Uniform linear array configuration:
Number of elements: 8
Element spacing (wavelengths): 1
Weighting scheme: cosine
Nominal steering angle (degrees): -30
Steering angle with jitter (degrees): -30.206
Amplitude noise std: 0.05
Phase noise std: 0.05

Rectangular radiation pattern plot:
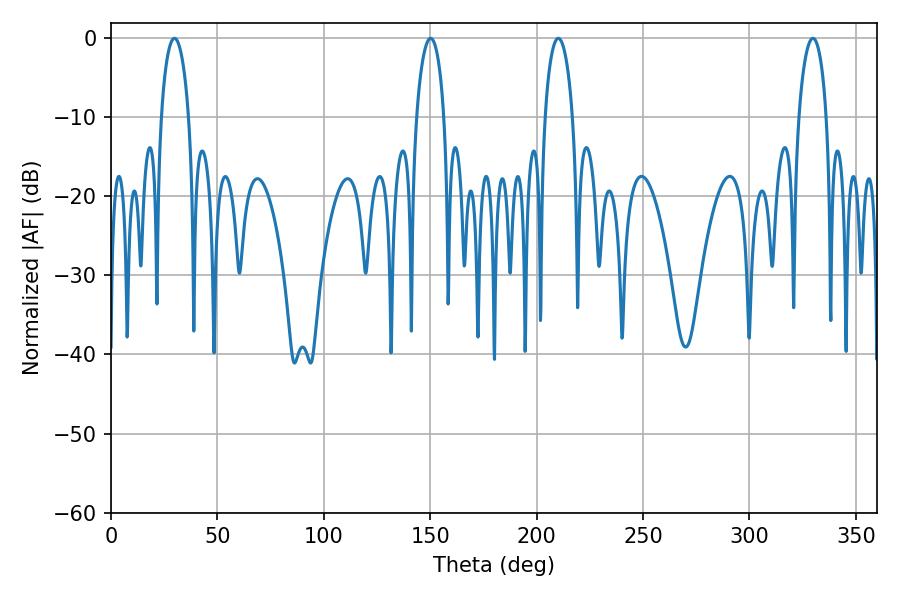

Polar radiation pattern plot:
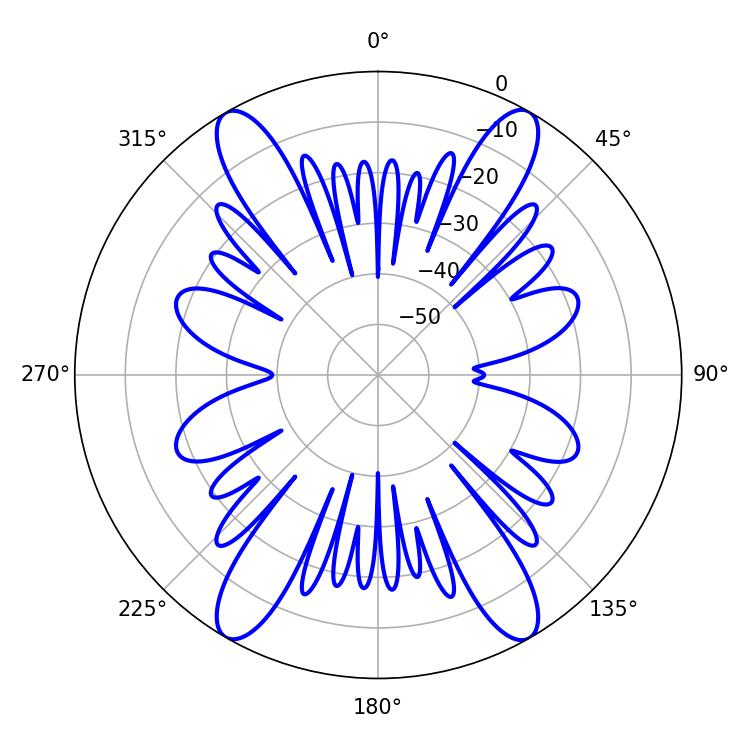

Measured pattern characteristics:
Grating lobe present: TRUE
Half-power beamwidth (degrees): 7.38
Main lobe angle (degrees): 29.88